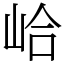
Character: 峆